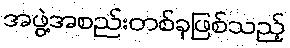
အဖွဲ့အစည်းတစ်ခုဖြစ်သည့်